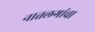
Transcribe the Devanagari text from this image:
नातलगांचा